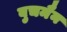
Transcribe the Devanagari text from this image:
बुचमैन